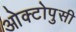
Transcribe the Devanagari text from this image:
ओक्टोपुसी